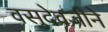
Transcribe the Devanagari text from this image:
वसुदेवजीने